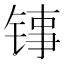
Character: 𬭑